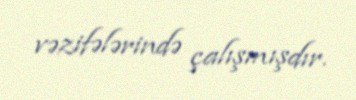
vəzifələrində çalışmışdır.